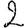
Digit: 2